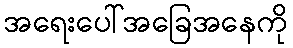
အရေးပေါ်အခြေအနေကို